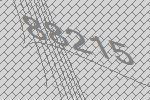
88215